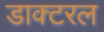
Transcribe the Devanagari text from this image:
डाक्टरल